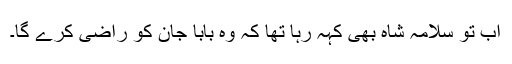
اب تو سلامہ شاہ بھی کہہ رہا تھا کہ وہ بابا جان کو راضی کرے گا۔